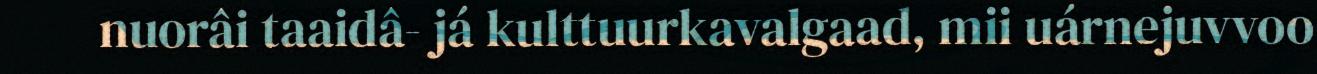
nuorâi taaidâ- já kulttuurkavalgaad, mii uárnejuvvoo